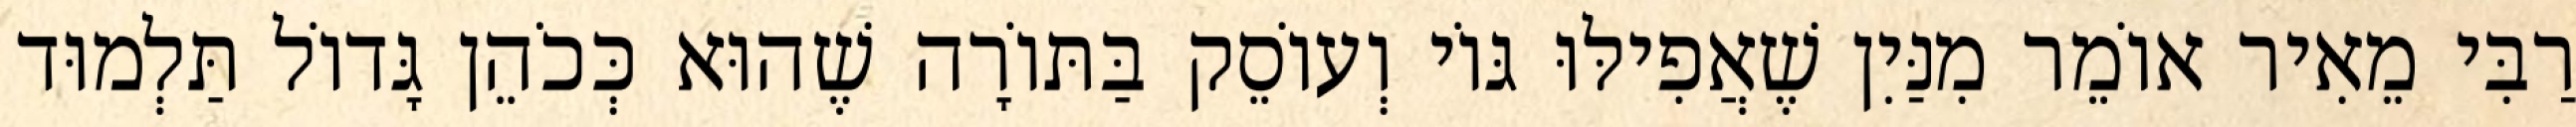
רַבִּי מֵאִיר אוֹמֵר מִנַּיִן שֶׁאֲפִילּוּ גּוֹי וְעוֹסֵק בַּתּוֹרָה שֶׁהוּא כְּכֹהֵן גָּדוֹל תַּלְמוּד